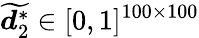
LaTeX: \displaystyle\widetilde{\boldsymbol{d}_{2}^{*}}\in[0,1]^{100\times 100}